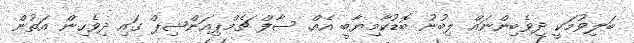
ބަލިވުމަކީ ދިވެބިންނައް ލިބުނު ބޮޑުކާމިޔާބީ އެއް. ސާފް ޗެމްޕިއަންޝިޕް ގައި ދިވެހިން އަތުން